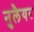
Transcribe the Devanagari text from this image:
नुलैयर